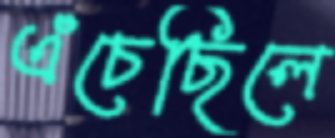
এঁচেছিলে